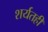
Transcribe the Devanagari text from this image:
शर्यतही